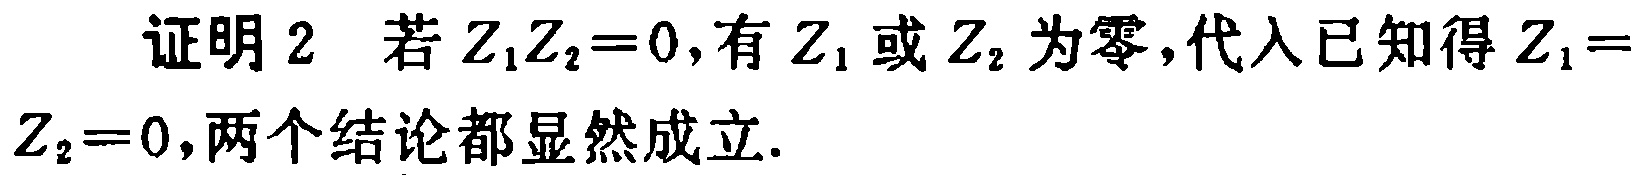
证明2 若$Z_1Z_2 = 0$,有$Z_1$或$Z_2$为零,代入已知得$Z_1 = Z_2 = 0$,两个结论都显然成立.